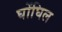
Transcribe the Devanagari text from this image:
घोंघिल